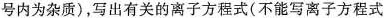
号内为杂质)，写出有关的离子方程式(不能写离子方程式